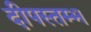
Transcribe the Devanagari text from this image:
दीपस्तम्भ